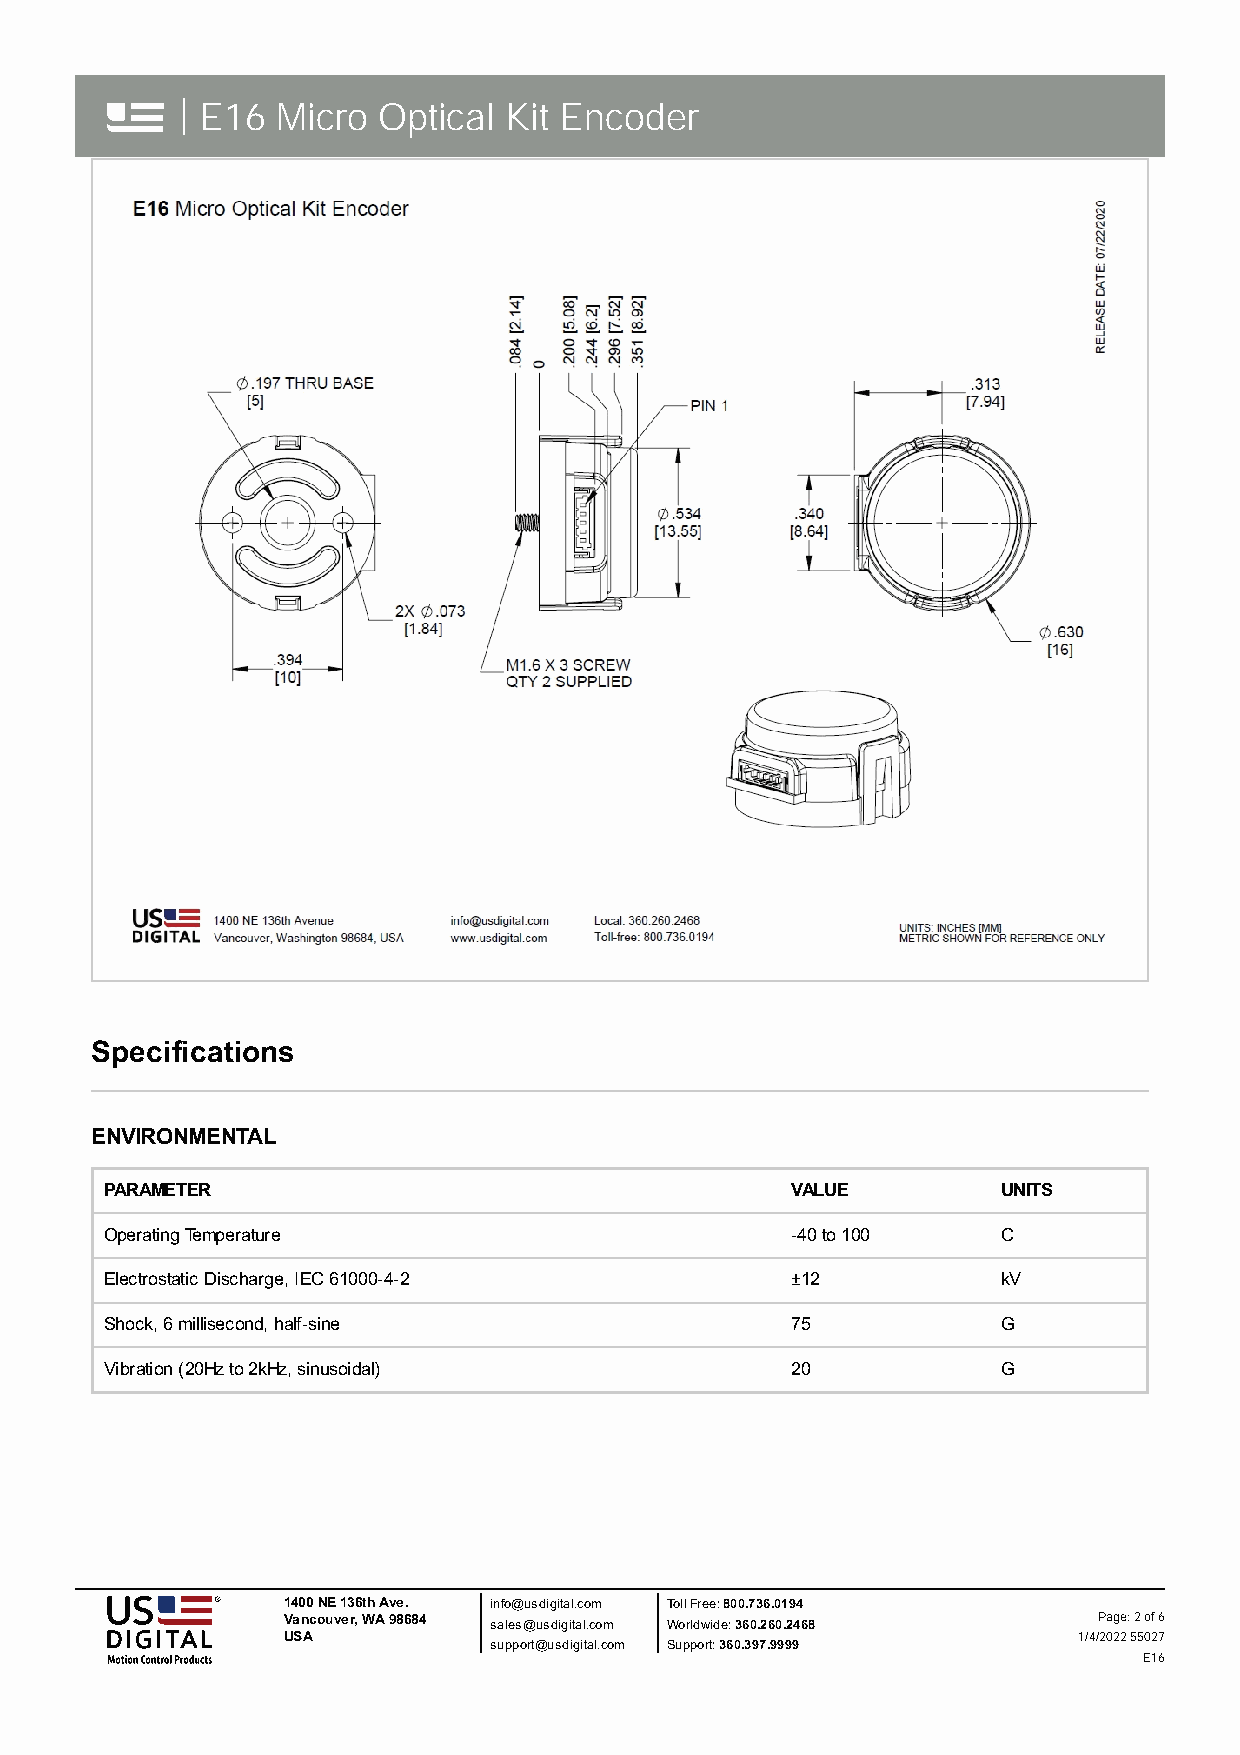
| E16 Micro  Optical Kit Encoder
 Specifications
 ENVIRONMENTAL
 PARAMETER                                    VALUE         UNITS
 Operating Temperature                        -40 to 100    C
 Electrostatic Discharge, IEC 61000-4-2       ±12           kV
 Shock, 6 millisecond, half-sine              75            G
 Vibration (20Hz to 2kHz, sinusoidal)         20            G
 1400 NE 136th Ave. info@usdigital.com Toll Free: 800.736.0194
 Vancouver, WA 98684 sales@usdigital.com Worldwide: 360.260.2468 Page: 2 of 6
 USA                                                 1/4/2022 55027
 support@usdigital.com Support: 360.397.9999
 E16